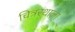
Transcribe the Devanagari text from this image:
चित्ररथाला